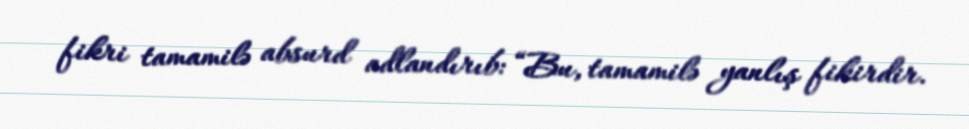
fikri tamamilə absurd adlandırıb: “Bu, tamamilə yanlış fikirdir.